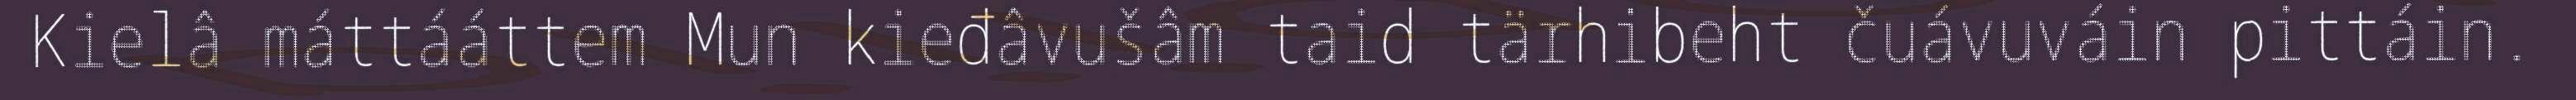
Kielâ máttááttem Mun kieđâvušâm taid tärhibeht čuávuváin pittáin.